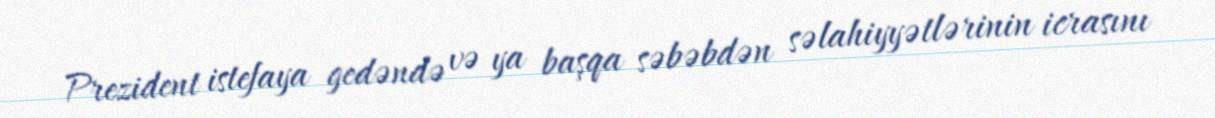
Prezident istefaya gedəndə və ya başqa səbəbdən səlahiyyətlərinin icrasını